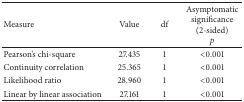
| Measure | Value | df | Asymptomatic significance (2-sided)p |
 | --- | --- | --- | --- |
 | Pearson's chi-square | 27.435 | 1 | <0.001 |
 | Continuity correlation | 25.365 | 1 | <0.001 |
 | Likelihood ratio | 28.960 | 1 | <0.001 |
 | Linear by linear association | 27.161 | 1 | <0.001 |